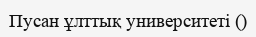
Пусан ұлттық университеті ()